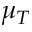
\mu _ { T }